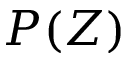
P ( Z )